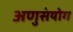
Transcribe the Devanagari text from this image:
अणुसंयोग